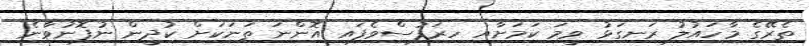
ތެރޭގެ މާހައުލު ރަނގަޅު ވީމަ ކަމަށާއި ހިރަފުސްވެފައި އޮންނަ ތަނަކަށް ކުދީން ނުފޮނުވާނެ